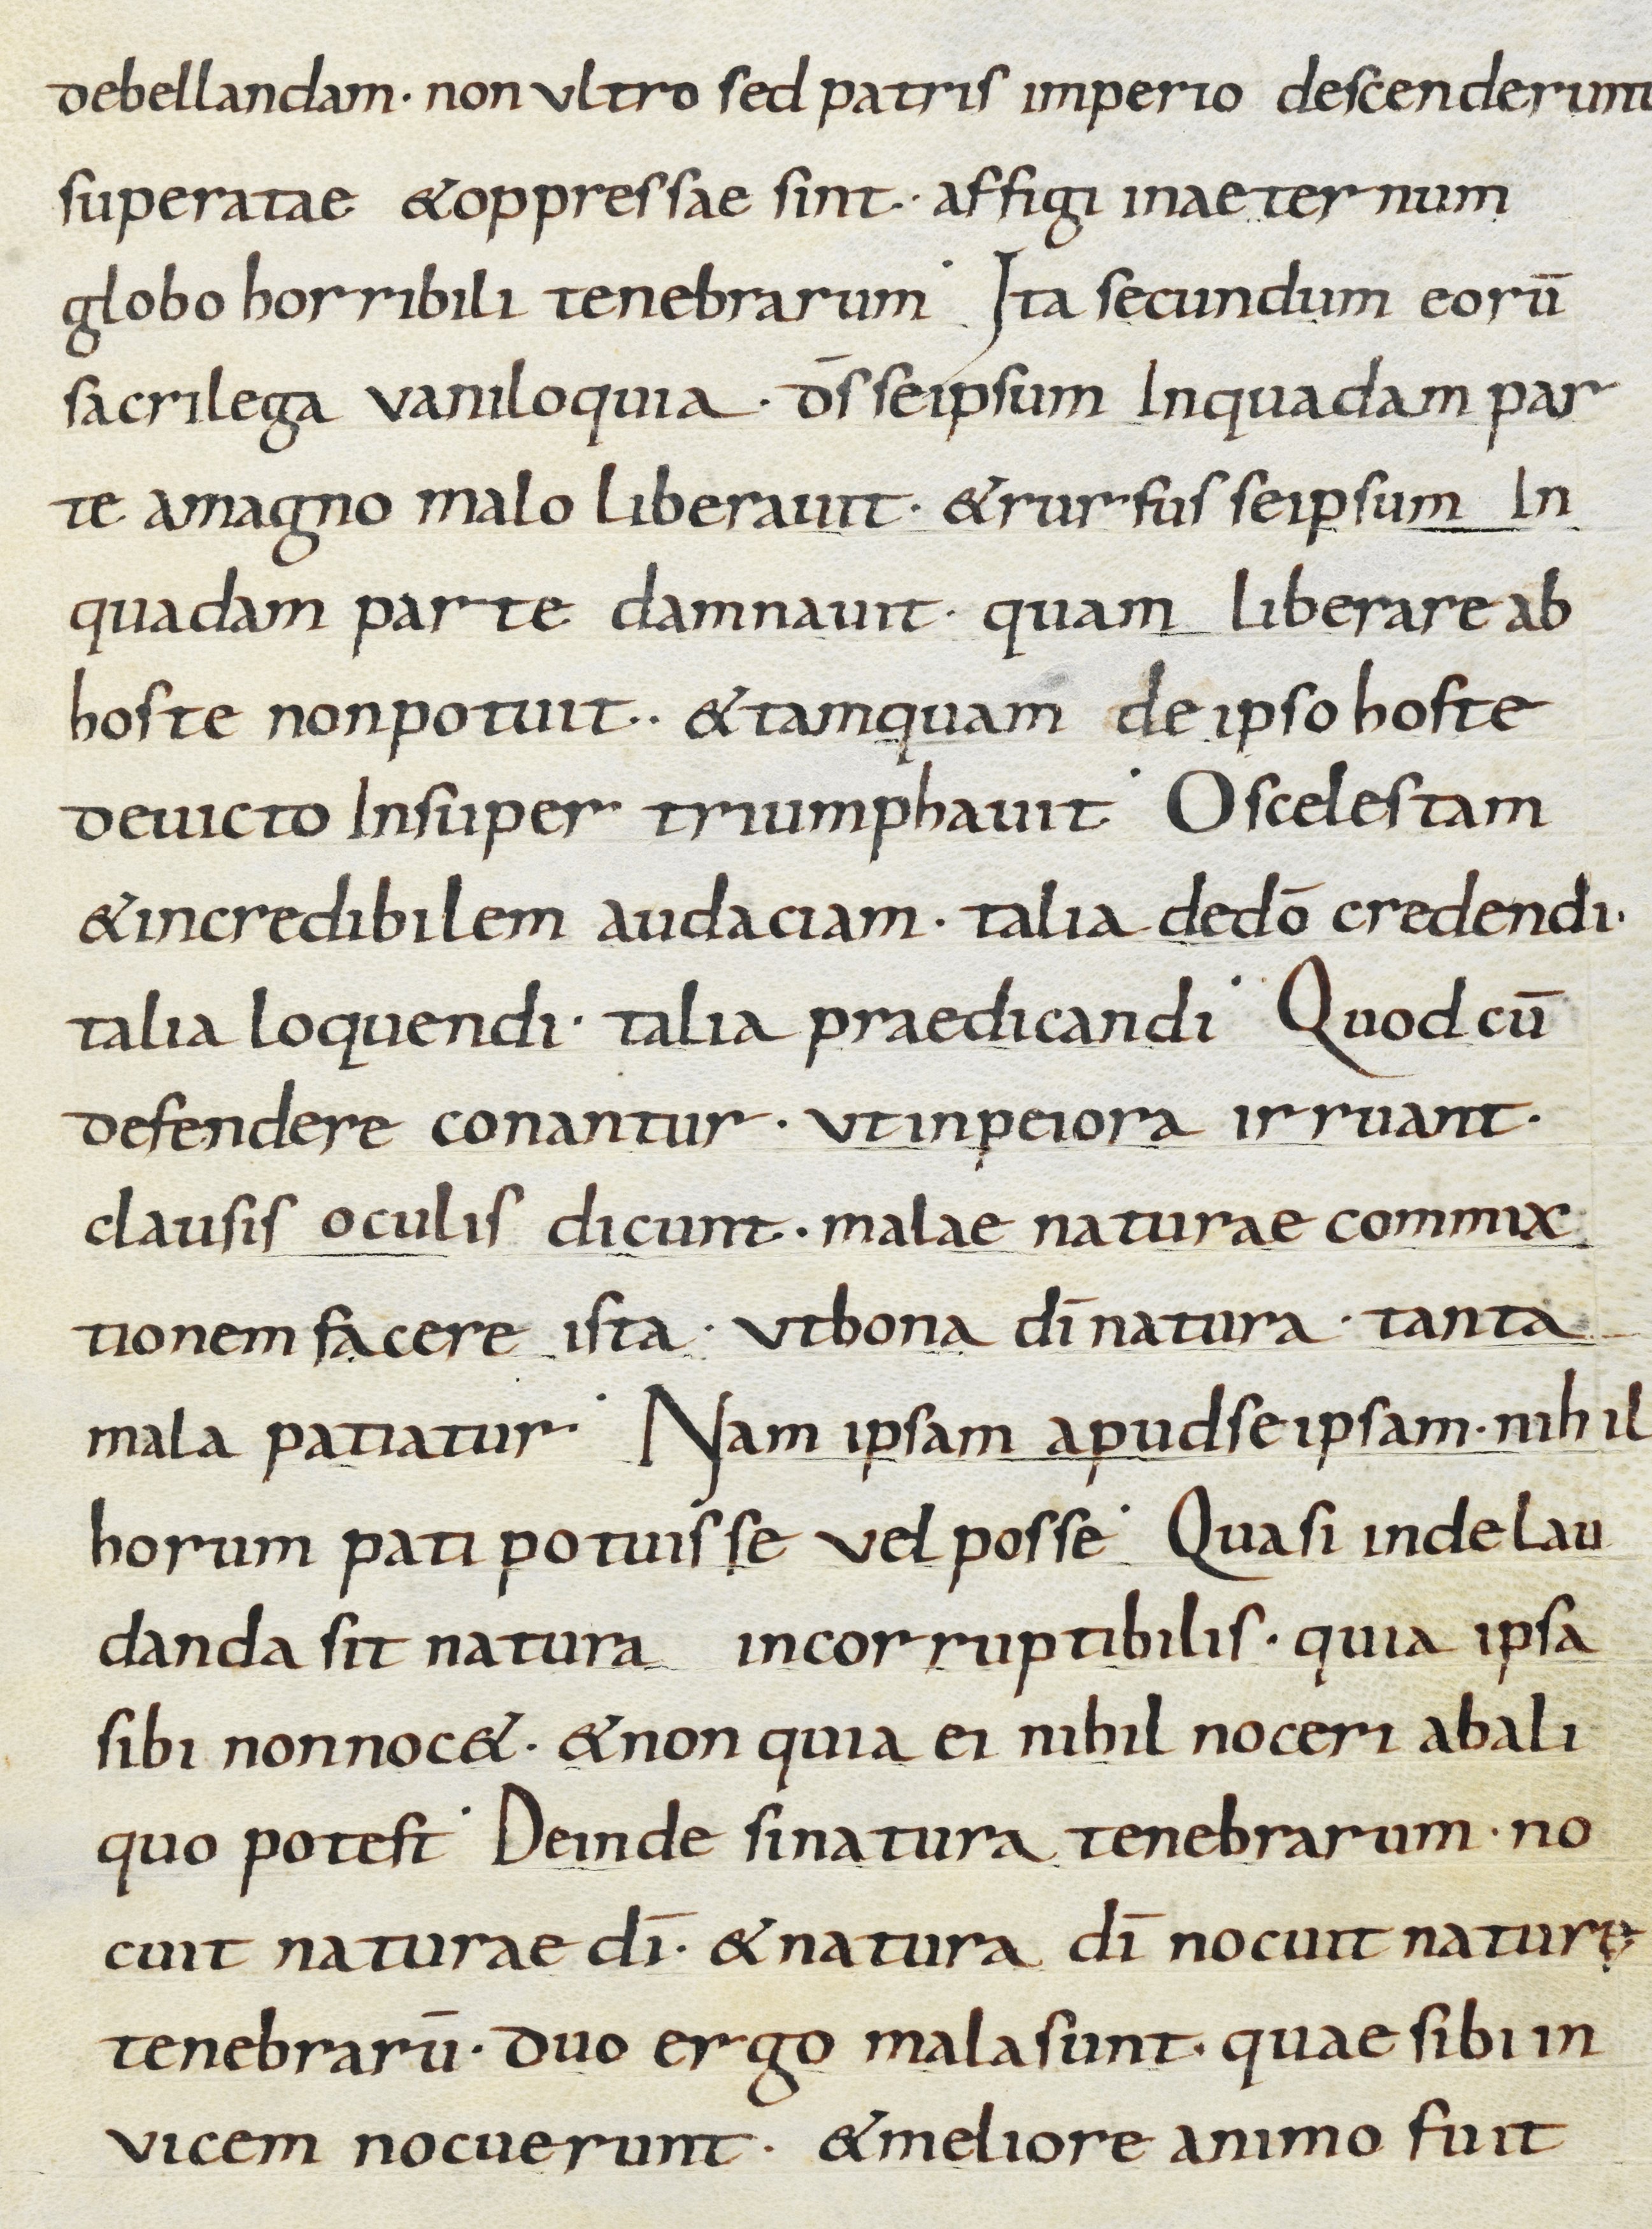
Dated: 800–899